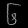
Digit: ၆